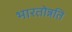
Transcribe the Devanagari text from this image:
भारतोन्नति